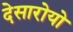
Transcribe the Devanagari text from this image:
देसारोयो